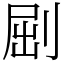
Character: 𠜾